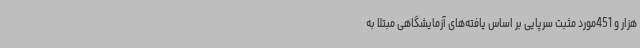
هزار و 451مورد مثبت سرپایی بر اساس یافته‌های آزمایشگاهی مبتلا به